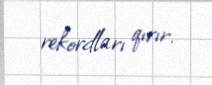
rekordları qırır.